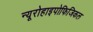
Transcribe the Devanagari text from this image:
न्यूरोहाइपोफिजिकल